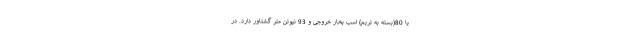
یا 80(بسته به تریم) اسب بخار خروجی و 93 نیوتن متر گشتاور دارد. در